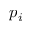
p _ { i }